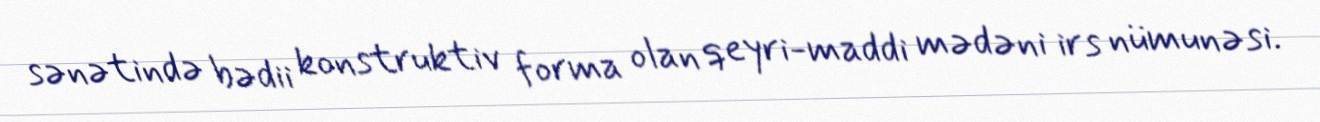
sənətində bədii konstruktiv forma olan qeyri-maddi mədəni irs nümunəsi.